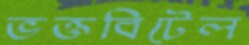
ভক্তবিটেল